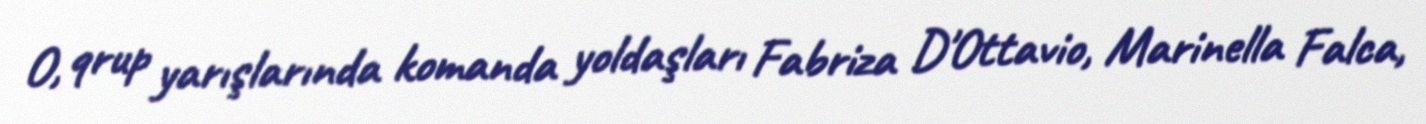
O, qrup yarışlarında komanda yoldaşları Fabriza D'Ottavio, Marinella Falca,